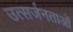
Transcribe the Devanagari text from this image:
उत्सर्जनताओं